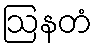
ဩနတံ